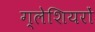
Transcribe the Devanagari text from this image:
ग्‍लेशियरों